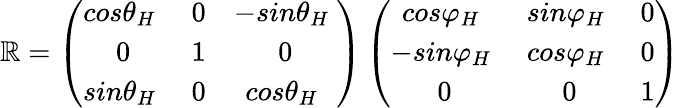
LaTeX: \mathbb{R}=\left(\begin{array}{ccc}{{{cos}{\theta}_{H}\ }}&{0}&{-{{sin}{\theta}_{H}\ }}\\ {0}&{1}&{0}\\ {{{sin}{\theta}_{H}\ }}&{0}&{{{cos}{\theta}_{H}\ }}\end{array}\right)\left(\begin{array}{ccc}{{{cos}{\varphi}_{H}\ }}&{{{sin}{\varphi}_{H}\ }}&{0}\\ {-{{sin}{\varphi}_{H}\ }}&{{{cos}{\varphi}_{H}\ }}&{0}\\ {0}&{0}&{1}\end{array}\right)